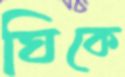
ঘিকে